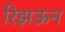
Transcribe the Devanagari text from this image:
रिझऊन